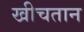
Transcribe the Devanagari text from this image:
खीचतान